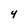
Character: 4